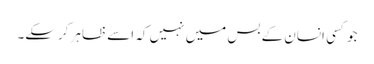
جو کسی انسان کے بس میں نہیں کہ اسے ظاہر کرسکے۔